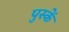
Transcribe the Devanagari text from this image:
पुस्कें